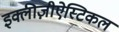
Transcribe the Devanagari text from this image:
इक्लीज़ीऐस्टिकल